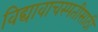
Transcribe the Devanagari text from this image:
विद्यावाचस्पतीसाठी